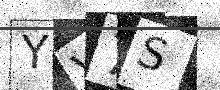
Text: YV7S